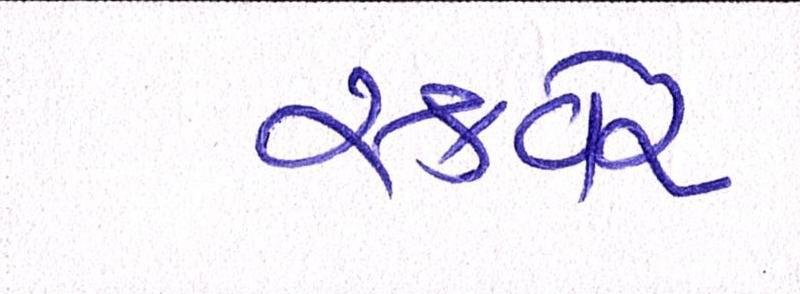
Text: સ્કવેર